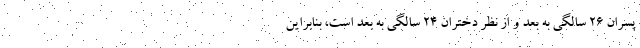
پسران ۲۶ سالگی به بعد و از نظر دختران ۲۴ سالگی به بعد است، بنابراین